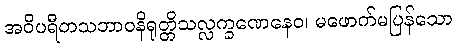
အဝိပရီတသဘာဝနိရုတ္တိသလ္လက္ခဏေနေဝ၊ မဖောက်မပြန်သော